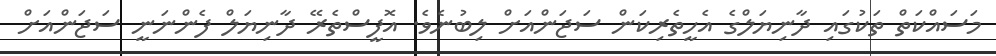
މަސައްކަތް ތަކުގައި ދާނިޔަލްގެ އެހީތެރިކަން ސަޖަންއަށް ލިބުނެވެ. އޮފީސްތެރޭ ދާނިޔަލް ފެންނަނީ ސަޖަންއަށް